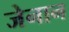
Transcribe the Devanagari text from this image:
जेनान